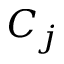
C _ { j }